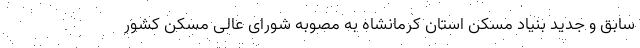
سابق و جدید بنیاد مسکن استان کرمانشاه به مصوبه شورای عالی مسکن کشور